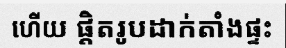
ហើយ ផ្តិតរូបដាក់តាំងផ្ទះ